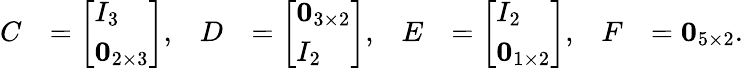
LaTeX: \begin{array}{rlrlrlrl}{C}&{=\left[\begin{array}{l}{I_{3}}\\ {\mathbf{0}_{2\times 3}}\end{array}\right],}&{D}&{=\left[\begin{array}{l}{\mathbf{0}_{3\times 2}}\\ {I_{2}}\end{array}\right],}&{E}&{=\left[\begin{array}{l}{I_{2}}\\ {\mathbf{0}_{1\times 2}}\end{array}\right],}&{F}&{=\mathbf{0}_{5\times 2}.}\end{array}